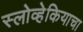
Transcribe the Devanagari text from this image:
स्लोव्हेकियाचा